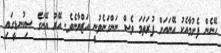
ހޭނެން ފެށުމާއެކު އޭނައަށް ފުރަތަމަ ވެސް ނަންގަނެވުނީ އަޒްޔާނެވެ. އޭރު އޭނަގެ ސިކުނޑީގައި